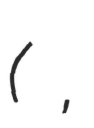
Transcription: (遠藤 良平,